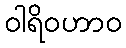
ဝါရိဝဟာဝ